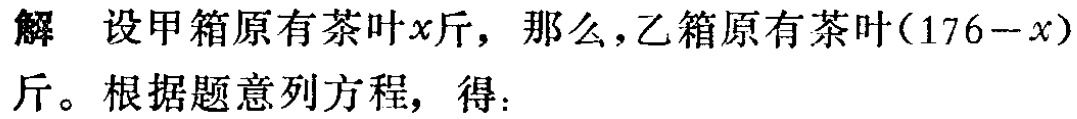
解 设甲箱原有茶叶\(x\)斤，那么，乙箱原有茶叶\((176 - x)\)斤。根据题意列方程，得：